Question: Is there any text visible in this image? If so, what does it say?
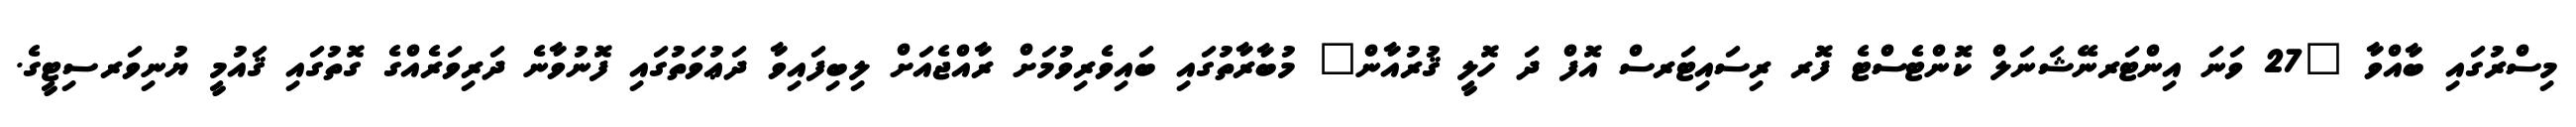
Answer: މިސްރުގައި ބާއްވާ "27 ވަނަ އިންޓަރނޭޝަނަލް ކޮންޓެސްޓެ ފޮރ ރިސައިޓަރސް އޮފް ދަ ހޮލީ ޤުރުއާން" މުބާރާތުގައި ބައިވެރިވުމަށް ރާއްޖެއަށް ލިބިފައިވާ ދަޢުވަތުގައި ފޮނުވާނެ ދަރިވަރެއްގެ ގޮތުގައި ޤައުމީ ޔުނިވަރސިޓީގެ.